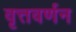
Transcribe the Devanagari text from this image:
वृत्तवर्णन